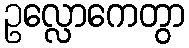
ဥလ္လောကေတွာ